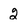
Character: 2